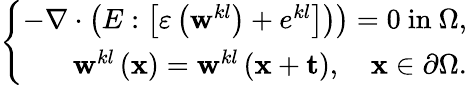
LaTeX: \left\{ \begin{array}{r}{\left.-\nabla\cdot\left(E:\left[\varepsilon\left(\mathbf{w}^{kl}\right)+e^{kl}\right]\right)\right)=0\mathrm{~in~}\Omega,}\\ {\mathbf{w}^{kl}\left(\mathbf{x}\right)=\mathbf{w}^{kl}\left(\mathbf{x}+\mathbf{t}\right),\quad\mathbf{x}\in\partial\Omega.}\end{array}\right.